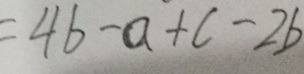
= 4 b - a + c - 2 b